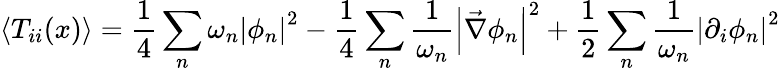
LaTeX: \left\langle T_{ii}(x)\right\rangle=\frac{1}{4}\sum_{n}\omega_{n}\left|\phi_{n}\right|^{2}-\frac{1}{4}\sum_{n}\frac{1}{\omega_{n}}\left|\vec{\nabla}\phi_{n}\right|^{2}+\frac{1}{2}\sum_{n}\frac{1}{\omega_{n}}\left|\partial_{i}\phi_{n}\right|^{2}